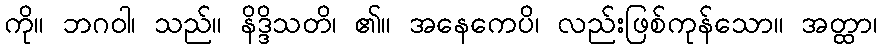
ကို။ ဘဂဝါ၊ သည်။ နိဒ္ဒိသတိ၊ ၏။ အနေကေပိ၊ လည်းဖြစ်ကုန်သော။ အတ္ထာ၊